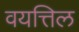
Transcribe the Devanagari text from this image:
वयत्तिल